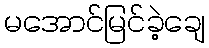
မအောင်မြင်ခဲ့ချေ